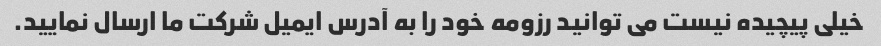
خیلی پیچیده نیست می توانید رزومه خود را به آدرس ایمیل شرکت ما ارسال نمایید.